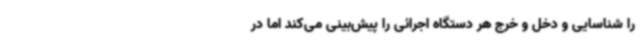
را شناسایی و دخل و خرج هر دستگاه اجرائی را پیش‌بینی می‌کند اما در